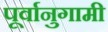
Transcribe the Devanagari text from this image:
पूर्वानुगामी